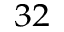
^ { 3 2 }